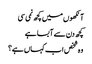
آنکھوں میں کچھ نمی سی
کچھ دن سے آبسا ہے
وہ شخص اب کہاں ہے؟